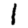
Digit: 1